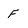
Character: F